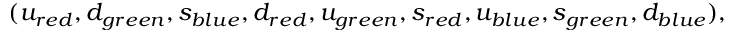
( u _ { r e d } , d _ { g r e e n } , s _ { b l u e } , d _ { r e d } , u _ { g r e e n } , s _ { r e d } , u _ { b l u e } , s _ { g r e e n } , d _ { b l u e } ) ,